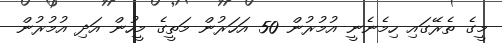
މީގެ ތެރޭގައި ހިމެނެނީ އުމުރުން 50 އަހަރުން މަތީގެ މީހުން އަދި އުމުރުން